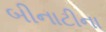
બીનાટીના